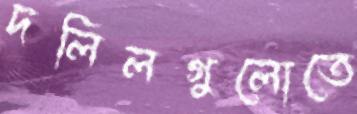
দলিলগুলোতে